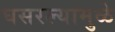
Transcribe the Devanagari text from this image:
घसरल्यामुळे